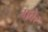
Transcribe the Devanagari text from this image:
गवेर